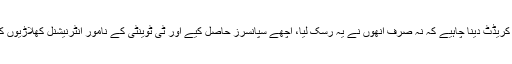
تاہم پی سی بی اور بالخصوص نجم سیٹھی کو کریڈٹ دینا چاہیے کہ نہ صرف انھوں نے یہ رسک لیا، اچھے سپانسرز حاصل کیے اور ٹی ٹوینٹی کے نامور انٹرنیشنل کھلاڑیوں کو اس لیگ کا حصہ بنانے میں کامیاب ہوئے۔